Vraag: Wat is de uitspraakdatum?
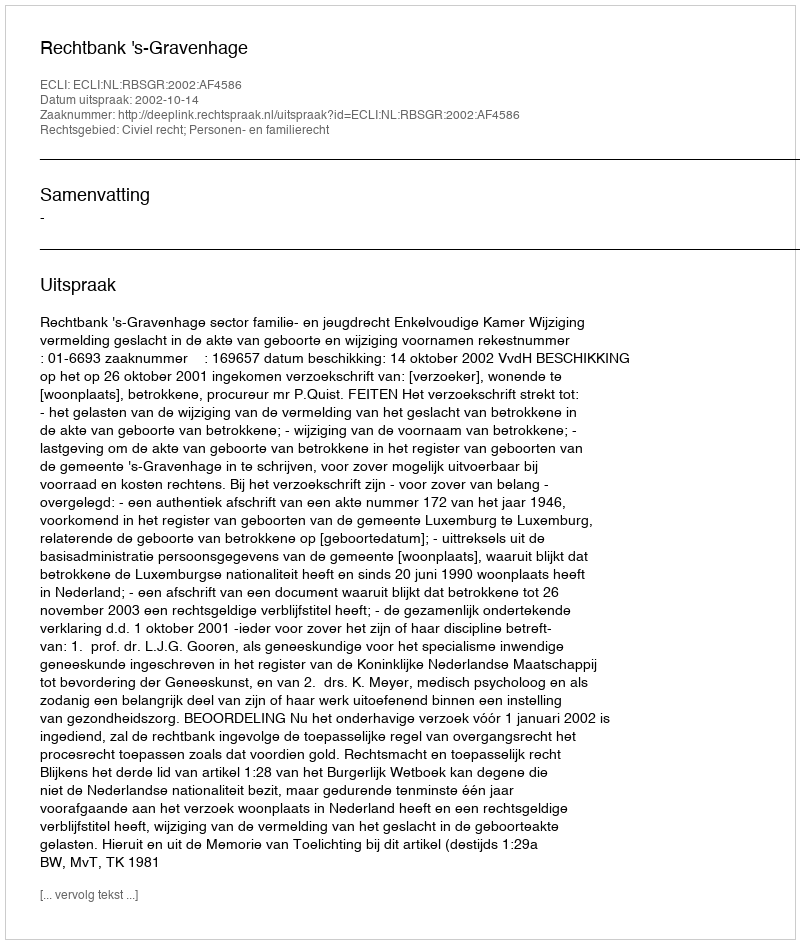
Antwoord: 2002-10-14